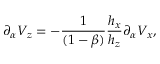
\partial _ { \alpha } V _ { z } = - \frac { 1 } { ( 1 - \beta ) } \frac { h _ { x } } { h _ { z } } \partial _ { \alpha } V _ { x } ,